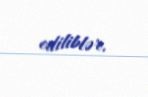
ediliblər.